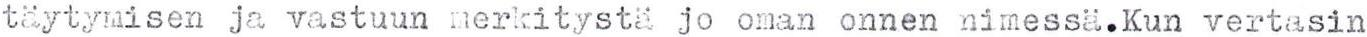
täytymisen ja vastuun merkitystä jo oman onnen nimessä.Kun vertasin